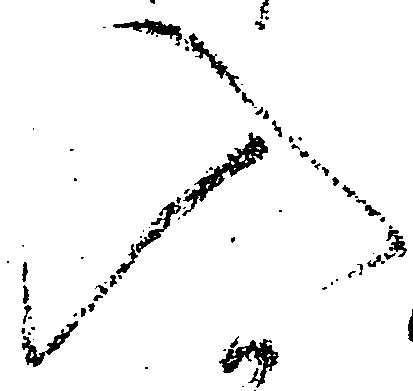
入